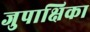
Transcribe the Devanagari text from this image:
जुपाक्षिका